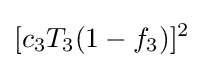
[c_{3}T_{3}(1-f_{3})]^{2}